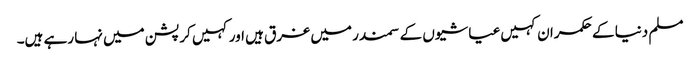
مسلم دنیا کے حکمران کہیں عیاشیوں کے سمندر میں غرق ہیں اور کہیں کرپشن میں نہا رہے ہیں۔